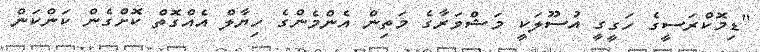
"ޑިމޮކްރަސީގެ ހަގީގީ އުސޫލަކީ މަޝްވަރާގެ މަތިން އެންމެންގެ ހިޔާލް އެއްގޮތް ކޮށްގެން ކަންކަން